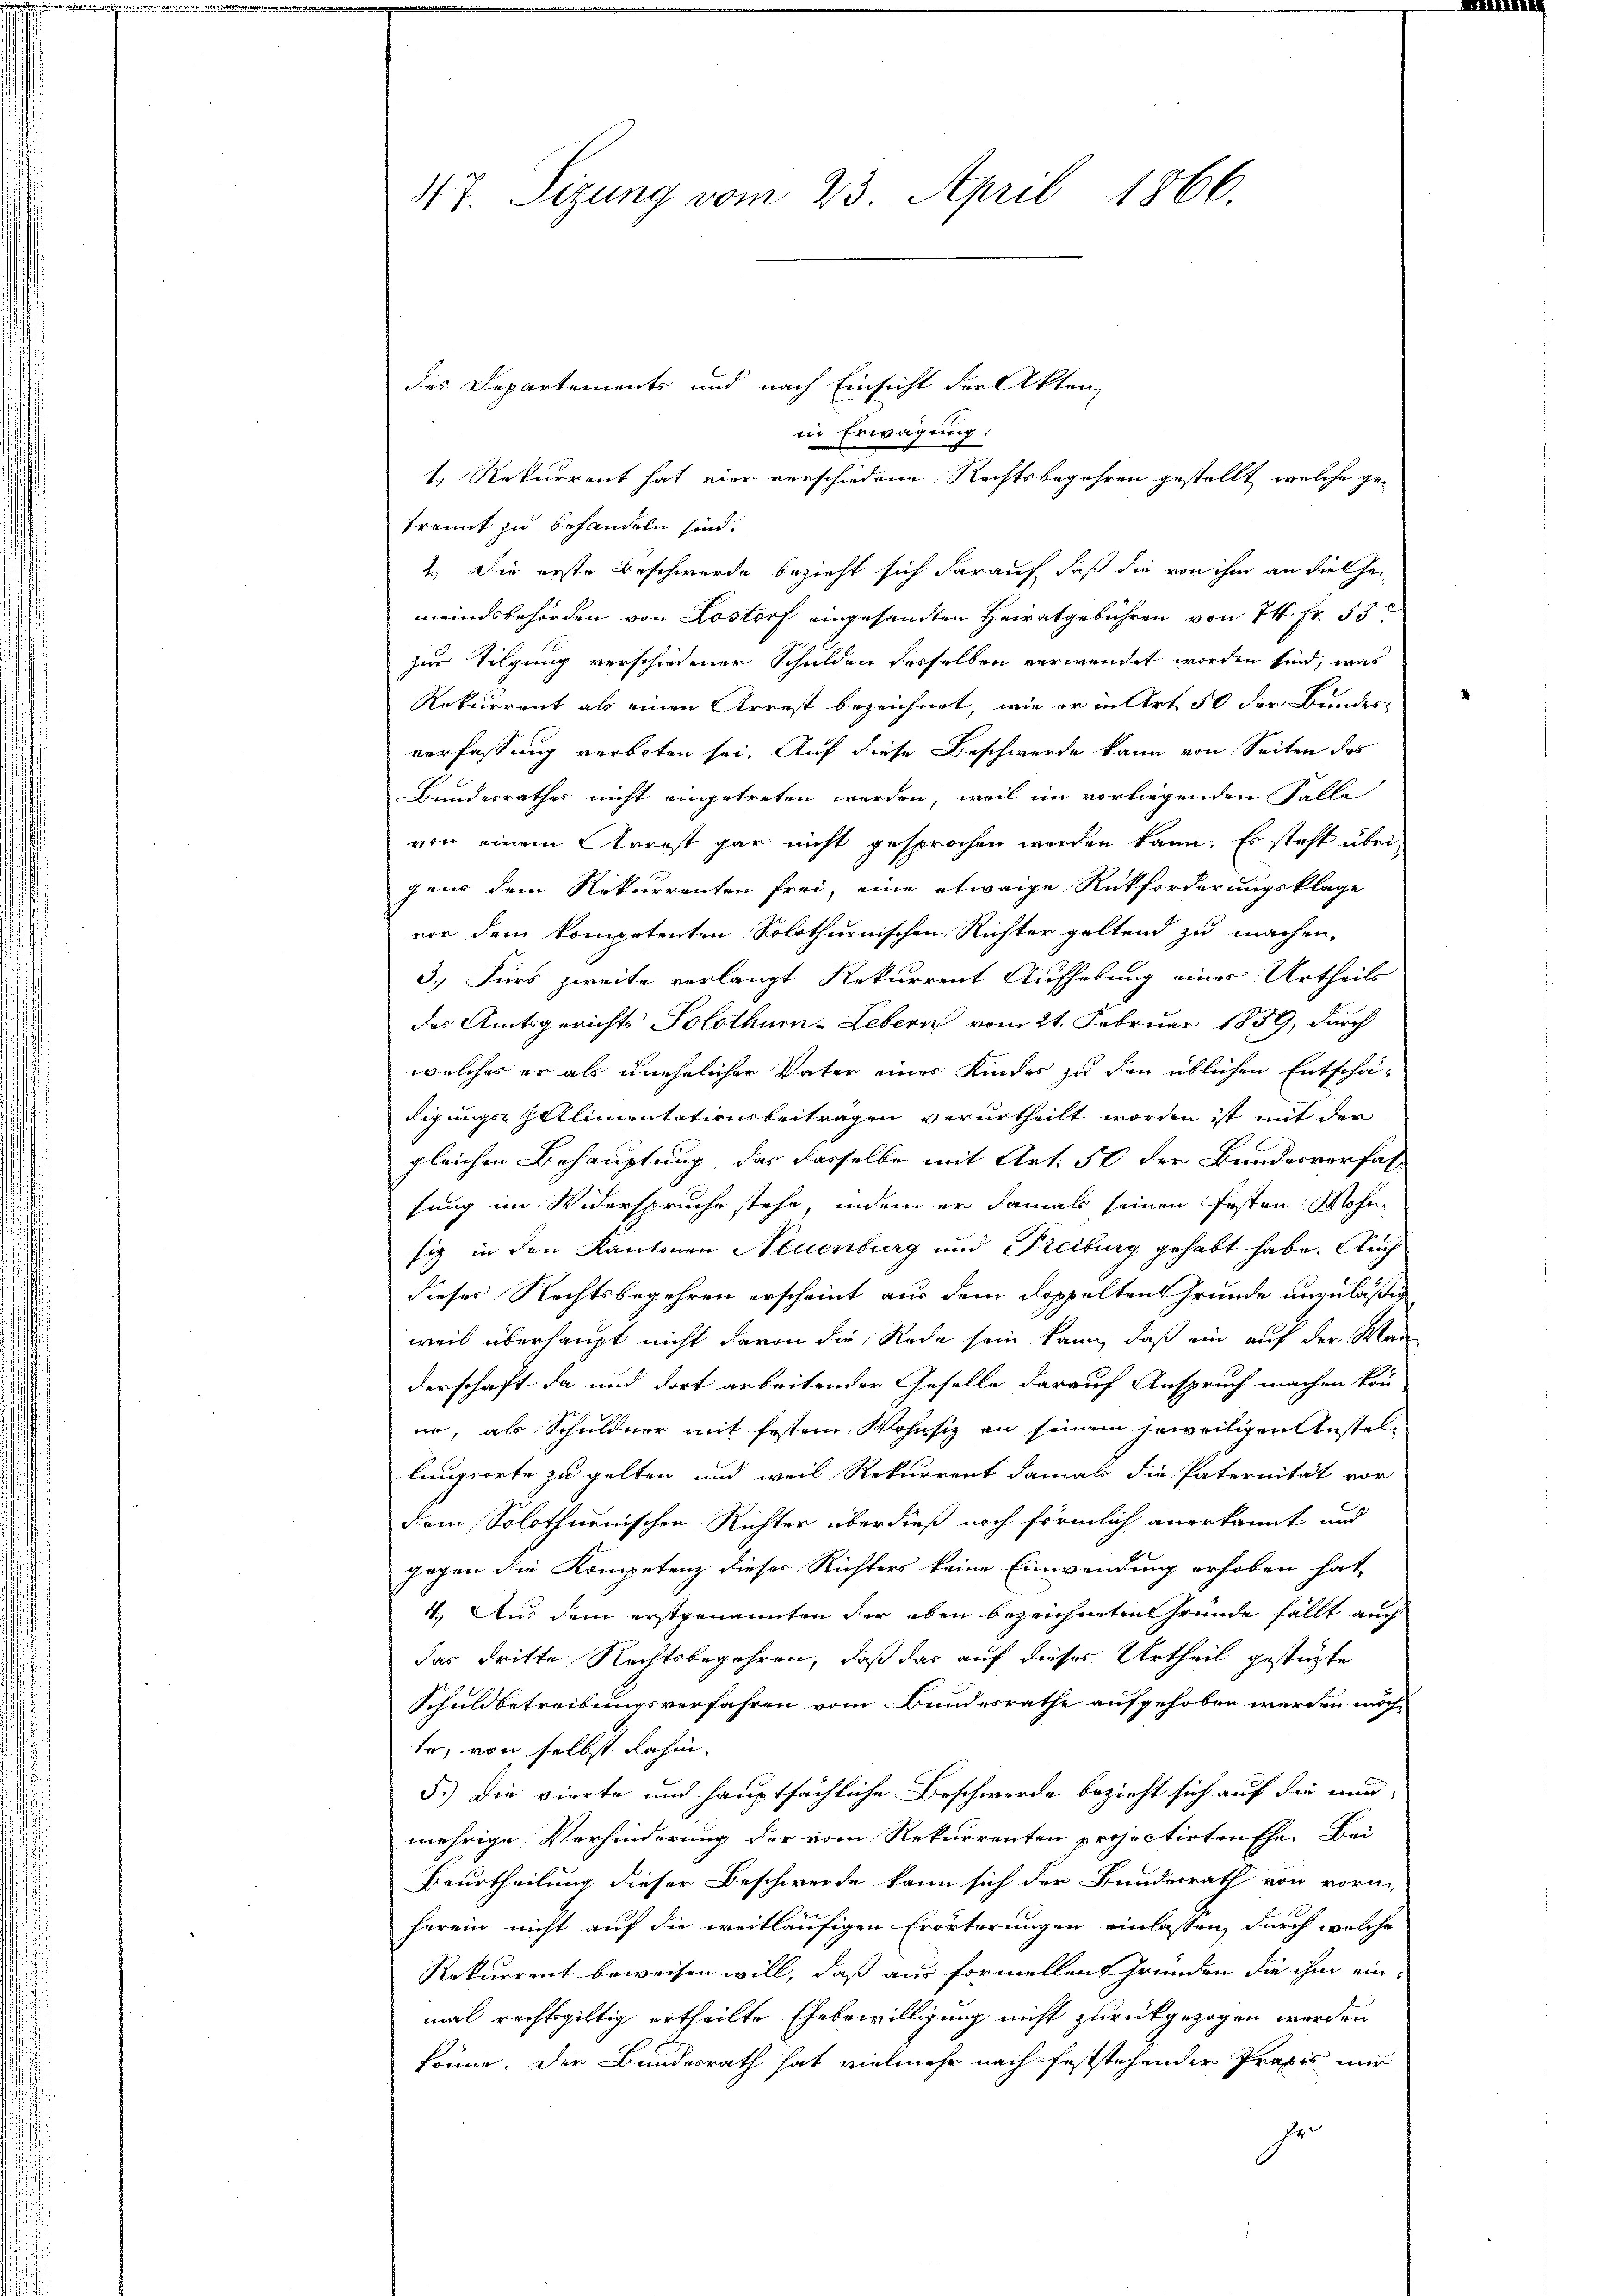
417. Sizung vom 23. April 1866.

in Erwägung.
1.) Rekurrent hat vier verschiedene Rechtsbegehren gestellt, welche getrennt zu behandeln sind.
2.) Die erste Beschwerde bezieht sich darauf, daß die von ihm an die Ge-
meindsbehörden von Lostorf eingesandten Heiratgebühren von 14 Fr. 55
zur Tilgung verschiedener Schulden desselben verwendet worden sind, was
Rekurrent als einen Arrest bezeichnet, wie er in Art 50 der Bundes-
verfassung verboten sei. Auf diese Beschwerde kann von Seiten des
Bundesrathes nicht eingetreten werden, weil im vorliegenden Falle
von einem Arrest gar nicht gesprochen werden kann. Es steht übrigaus dem Rekurrenten frei, eine etwaige Rückforderungsklage
vor dem kompetenten Solothurnischen Richter geltend zu machen,
3.) Fürs zweite verlangt Rekurrent Aufhebung einer Urtheils
des Amtsgerichts Solothur-Lebern vom 21. Februar 1859, durch
welches er als unehelicher Vater eines Kindes zu den üblichen Entschä-
digungs-ZAlimentationsbeitragen verurtheilt worden ist mit der
gleichen Behauptung, das dasselbe mit Art. 51 der Bundesverfas-
sung im Widerspruche stehe, indem er damals seinen Posten Wohn
sig in den Kantonen Neuenburg und Freiburg gehabt habe. Auch
dieses Rechtsbegehren erscheint aus dem Doppeltent Grunde anzuläßig
weis überhaupt nicht davon die Rede sein kann, daß ein auf der Man
derschaft da und dort arbeitender Geselle darauf Anspruch machen kön
ne, als Schuldner mit festem Wohnsiz an seinem jeweiligen Anstellungsorte zu gelten und weil Rekurrent damals die Paternität vor
dem Solothurnischen Richter überdieß noch förmlich anerkannt und
gegen die Kompetenz dieser Richters keine Einwendung erhoben hat
4.) Aus dem erstgenannten der eben bezeichneten Gründe fällt auch
das dritte Rechtsbegehren, daß das auf dieses Urtheil gestützte
Schuldbetreibungsverfahren vom Bundesrathe aufgehoben werden möchtr, von selbst dahin-
5.) Die vierte und hauptsächliche Beschwerde bezieht sich auf die un-
mehrige Verhinderung der vom Rekurrenten projectirten Ehe. Bei
Beurtheilung dieser Beschwerde kann sich der Bunderrath von vorn-
herein nicht auf die weitläufigen Erörterungen einlassen, durch welche
Rekurrent beweisen will, daß aus formellen Gründen die ihm einmal rechtsgültig ertheilte Ehebewilligung nicht zurückgezogen werden
könne. Der Bundesrath hat vielmehr nach feststehender Praxis nur
24

des Departements und nach Einsicht der Akten,